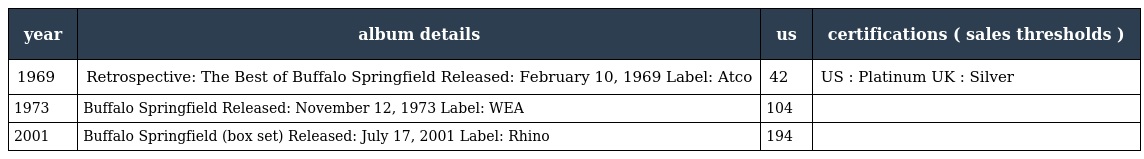
| year | album details | us | certifications ( sales thresholds ) |
 | --- | --- | --- | --- |
 | 1969 | Retrospective: The Best of Buffalo Springfield Released: February 10, 1969 Label: Atco | 42 | US : Platinum UK : Silver |
 | 1973 | Buffalo Springfield Released: November 12, 1973 Label: WEA | 104 |  |
 | 2001 | Buffalo Springfield (box set) Released: July 17, 2001 Label: Rhino | 194 |  |